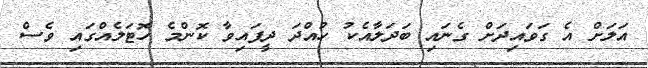
އަލަށް އެ ގަވައިދަށް ގެނައި ބަދަލާއެކު ހުއްދަ ދީފައިވާ ކޮންމެ ހޮޓަލެއްގައި ވެސް